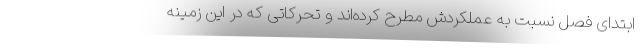
ابتدای فصل نسبت به عملکردش مطرح کرده‌اند و تحرکاتی که در این زمینه